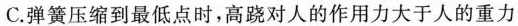
C.弹簧压缩到最低点时，高跷对人的作用力大于人的重力